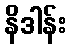
နိဒါန်း